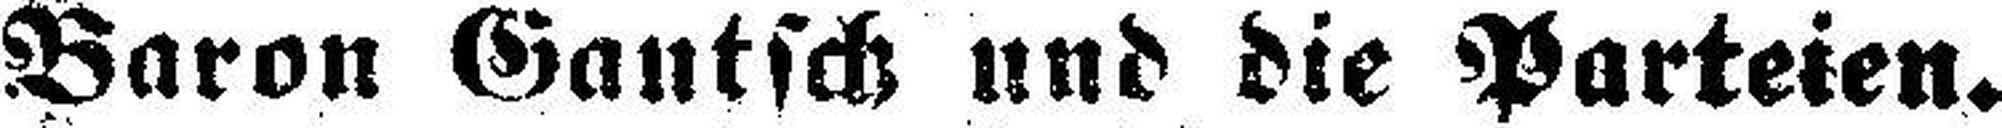
Baron Gautsch und die Parteien.